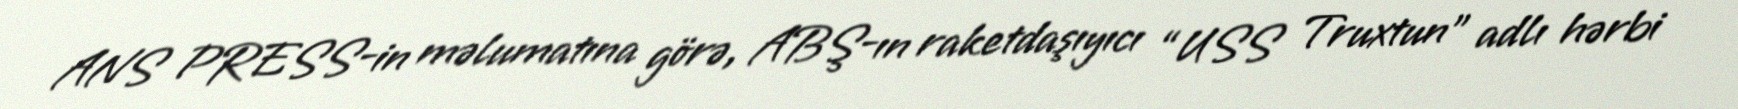
ANS PRESS-in məlumatına görə, ABŞ-ın raketdaşıyıcı “USS Truxtun” adlı hərbi